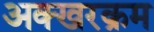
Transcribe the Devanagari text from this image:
अक्खरक्रम